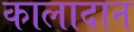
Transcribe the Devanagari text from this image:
कालादान